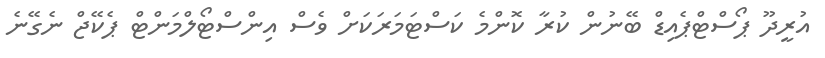
އުރީދޫ ޕޯސްޓްޕެއިޑް ބޭނުން ކުރާ ކޮންމެ ކަސްޓަމަރަކަށް ވެސް އިންސްޓޯލްމަންޓް ޕެކޭޖް ނެގޭނެ